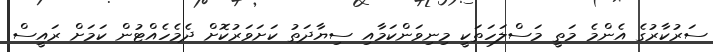
ސަރުކާރުގެ އެންމެ މަތީ މަސްލަހަތަކީ މިނިވަންކަމާއި ސިޔާދަތު ކަށަވަރުކޮށް ދެމެހެއްޓުން ކަމަށް ރައީސް